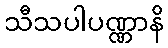
သီသပါပဏ္ဏာနိ